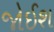
જોઈશ